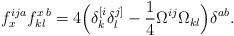
LaTeX: \begin{align*}f_{x}^{ija} f^{x\,b}_{kl} = 4 \Big( \delta^{[i}_{k}\delta^{j]}_{l} - \frac{1}{4} \Omega^{ij} \Omega_{kl}\Big) \delta^{ab}.\end{align*}